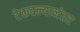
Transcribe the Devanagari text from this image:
टेकवल्यानंतर